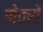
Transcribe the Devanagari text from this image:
बोत्रों